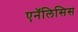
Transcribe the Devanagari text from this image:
एनॅलिसिस